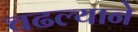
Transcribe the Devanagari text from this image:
चढल्याने